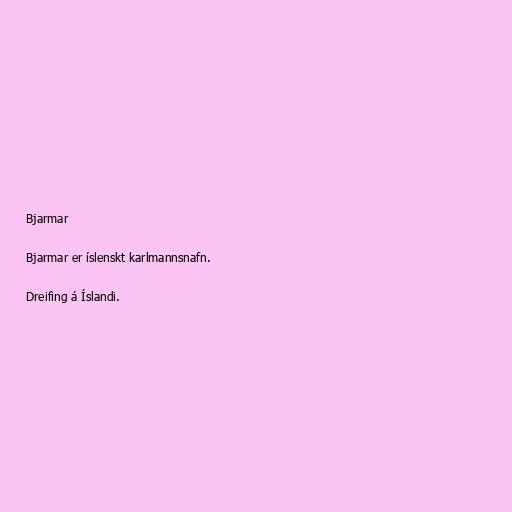
Bjarmar

Bjarmar er íslenskt karlmannsnafn.

Dreifing á Íslandi.